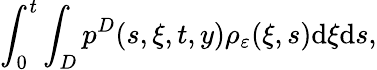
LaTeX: \int_{0}^{t}\int_{D}p^{D}(s,\xi,t,y)\rho_{\varepsilon}(\xi,s)\textrm{d}\xi\textrm{d}s,